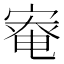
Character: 𡩯